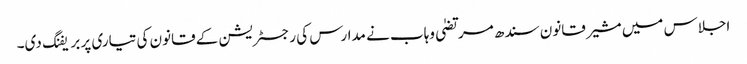
اجلاس میں مشیر قانون سندھ مرتضیٰ وہاب نے مدارس کی رجسٹریشن کے قانون کی تیاری پر بریفنگ دی۔